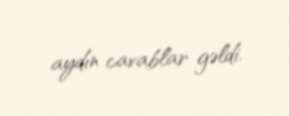
aydın cavablar gəldi.